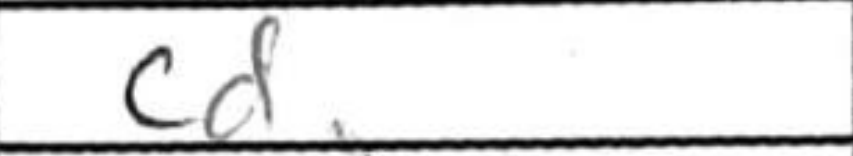
Transcription: cd